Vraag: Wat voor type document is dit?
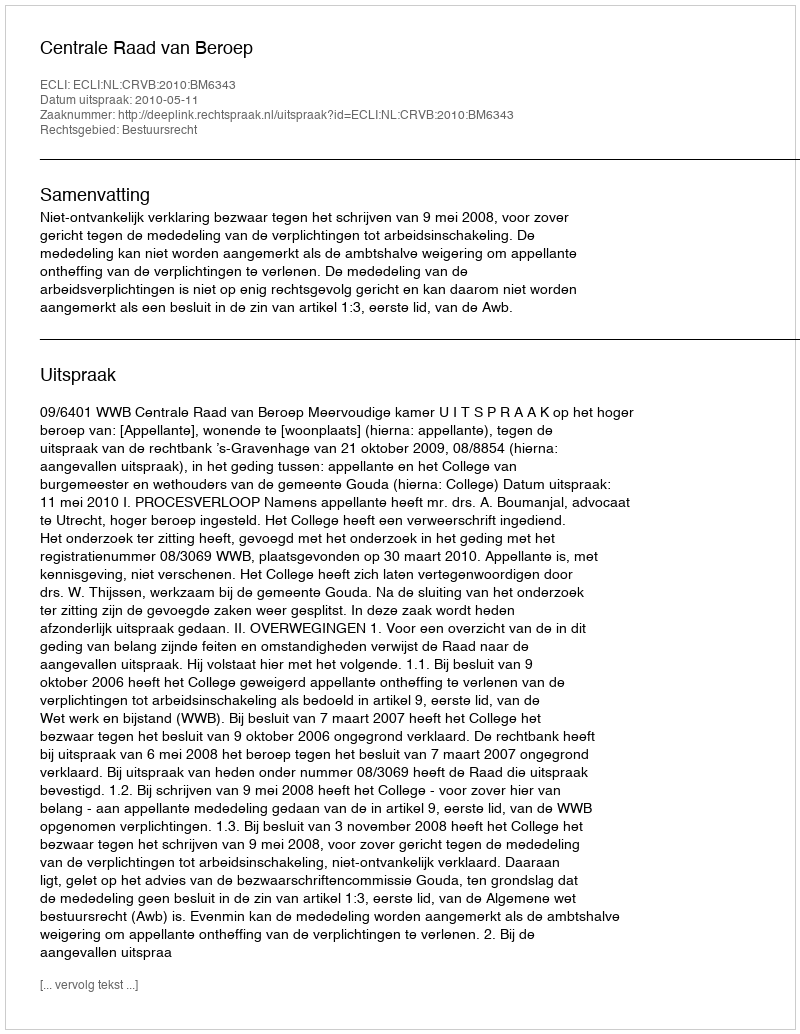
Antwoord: Uitspraak